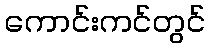
ကောင်းကင်တွင်